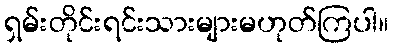
ရှမ်းတိုင်းရင်းသားများမဟုတ်ကြပါ။